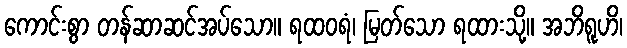
ကောင်းစွာ တန်ဆာဆင်အပ်သော။ ရထဝရံ၊ မြတ်သော ရထားသို့။ အဘိရူဟိ၊